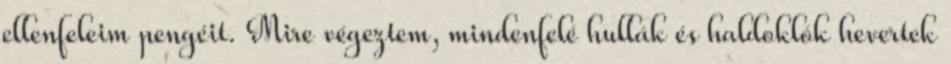
ellenfeleim pengéit. Mire végeztem, mindenfelé hullák és haldoklók hevertek